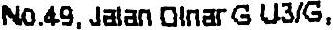
NO.49, JALAN DINAR G U3/G,